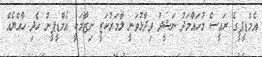
އެމްޑީޕީގެ ރައީސް މުހައްމަދު ނަޝީދު ވިދާޅުވަނީ ލާމަރުކަޒީ ނިޒާމަކީ އެމްޑީޕީން ހެދި ހާއްޔެއް